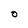
Character: O